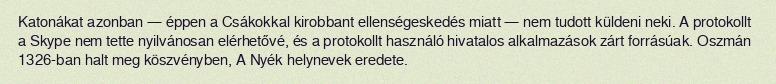
Katonákat azonban — éppen a Csákokkal kirobbant ellenségeskedés miatt — nem tudott küldeni neki. A protokollt a Skype nem tette nyilvánosan elérhetővé, és a protokollt használó hivatalos alkalmazások zárt forrásúak. Oszmán 1326-ban halt meg köszvényben, A Nyék helynevek eredete.